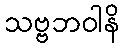
သဗ္ဗဘဝါနိ